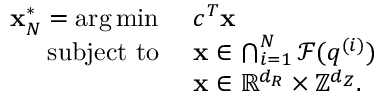
\begin{array} { r l } { { \mathbf { x } } _ { N } ^ { * } = \arg \operatorname* { m i n } \, \, } & { c ^ { T } { \mathbf { x } } } \\ { \mathrm { s u b j e c t ~ t o ~ } } & { { \mathbf { x } } \in \bigcap _ { i = 1 } ^ { N } \mathcal { F } ( q ^ { ( i ) } ) } \\ & { { \mathbf { x } } \in { \mathbb { R } } ^ { d _ { R } } \times { \mathbb { Z } } ^ { d _ { Z } } . } \end{array}